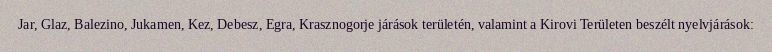
Jar, Glaz, Balezino, Jukamen, Kez, Debesz, Egra, Krasznogorje járások területén, valamint a Kirovi Területen beszélt nyelvjárások: